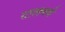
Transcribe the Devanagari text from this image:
टालबर्थ